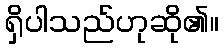
ရှိပါသည်ဟုဆို၏။